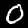
Label: 0